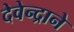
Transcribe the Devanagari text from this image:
देवेन्द्राने